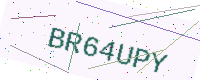
Text: BR64UPY